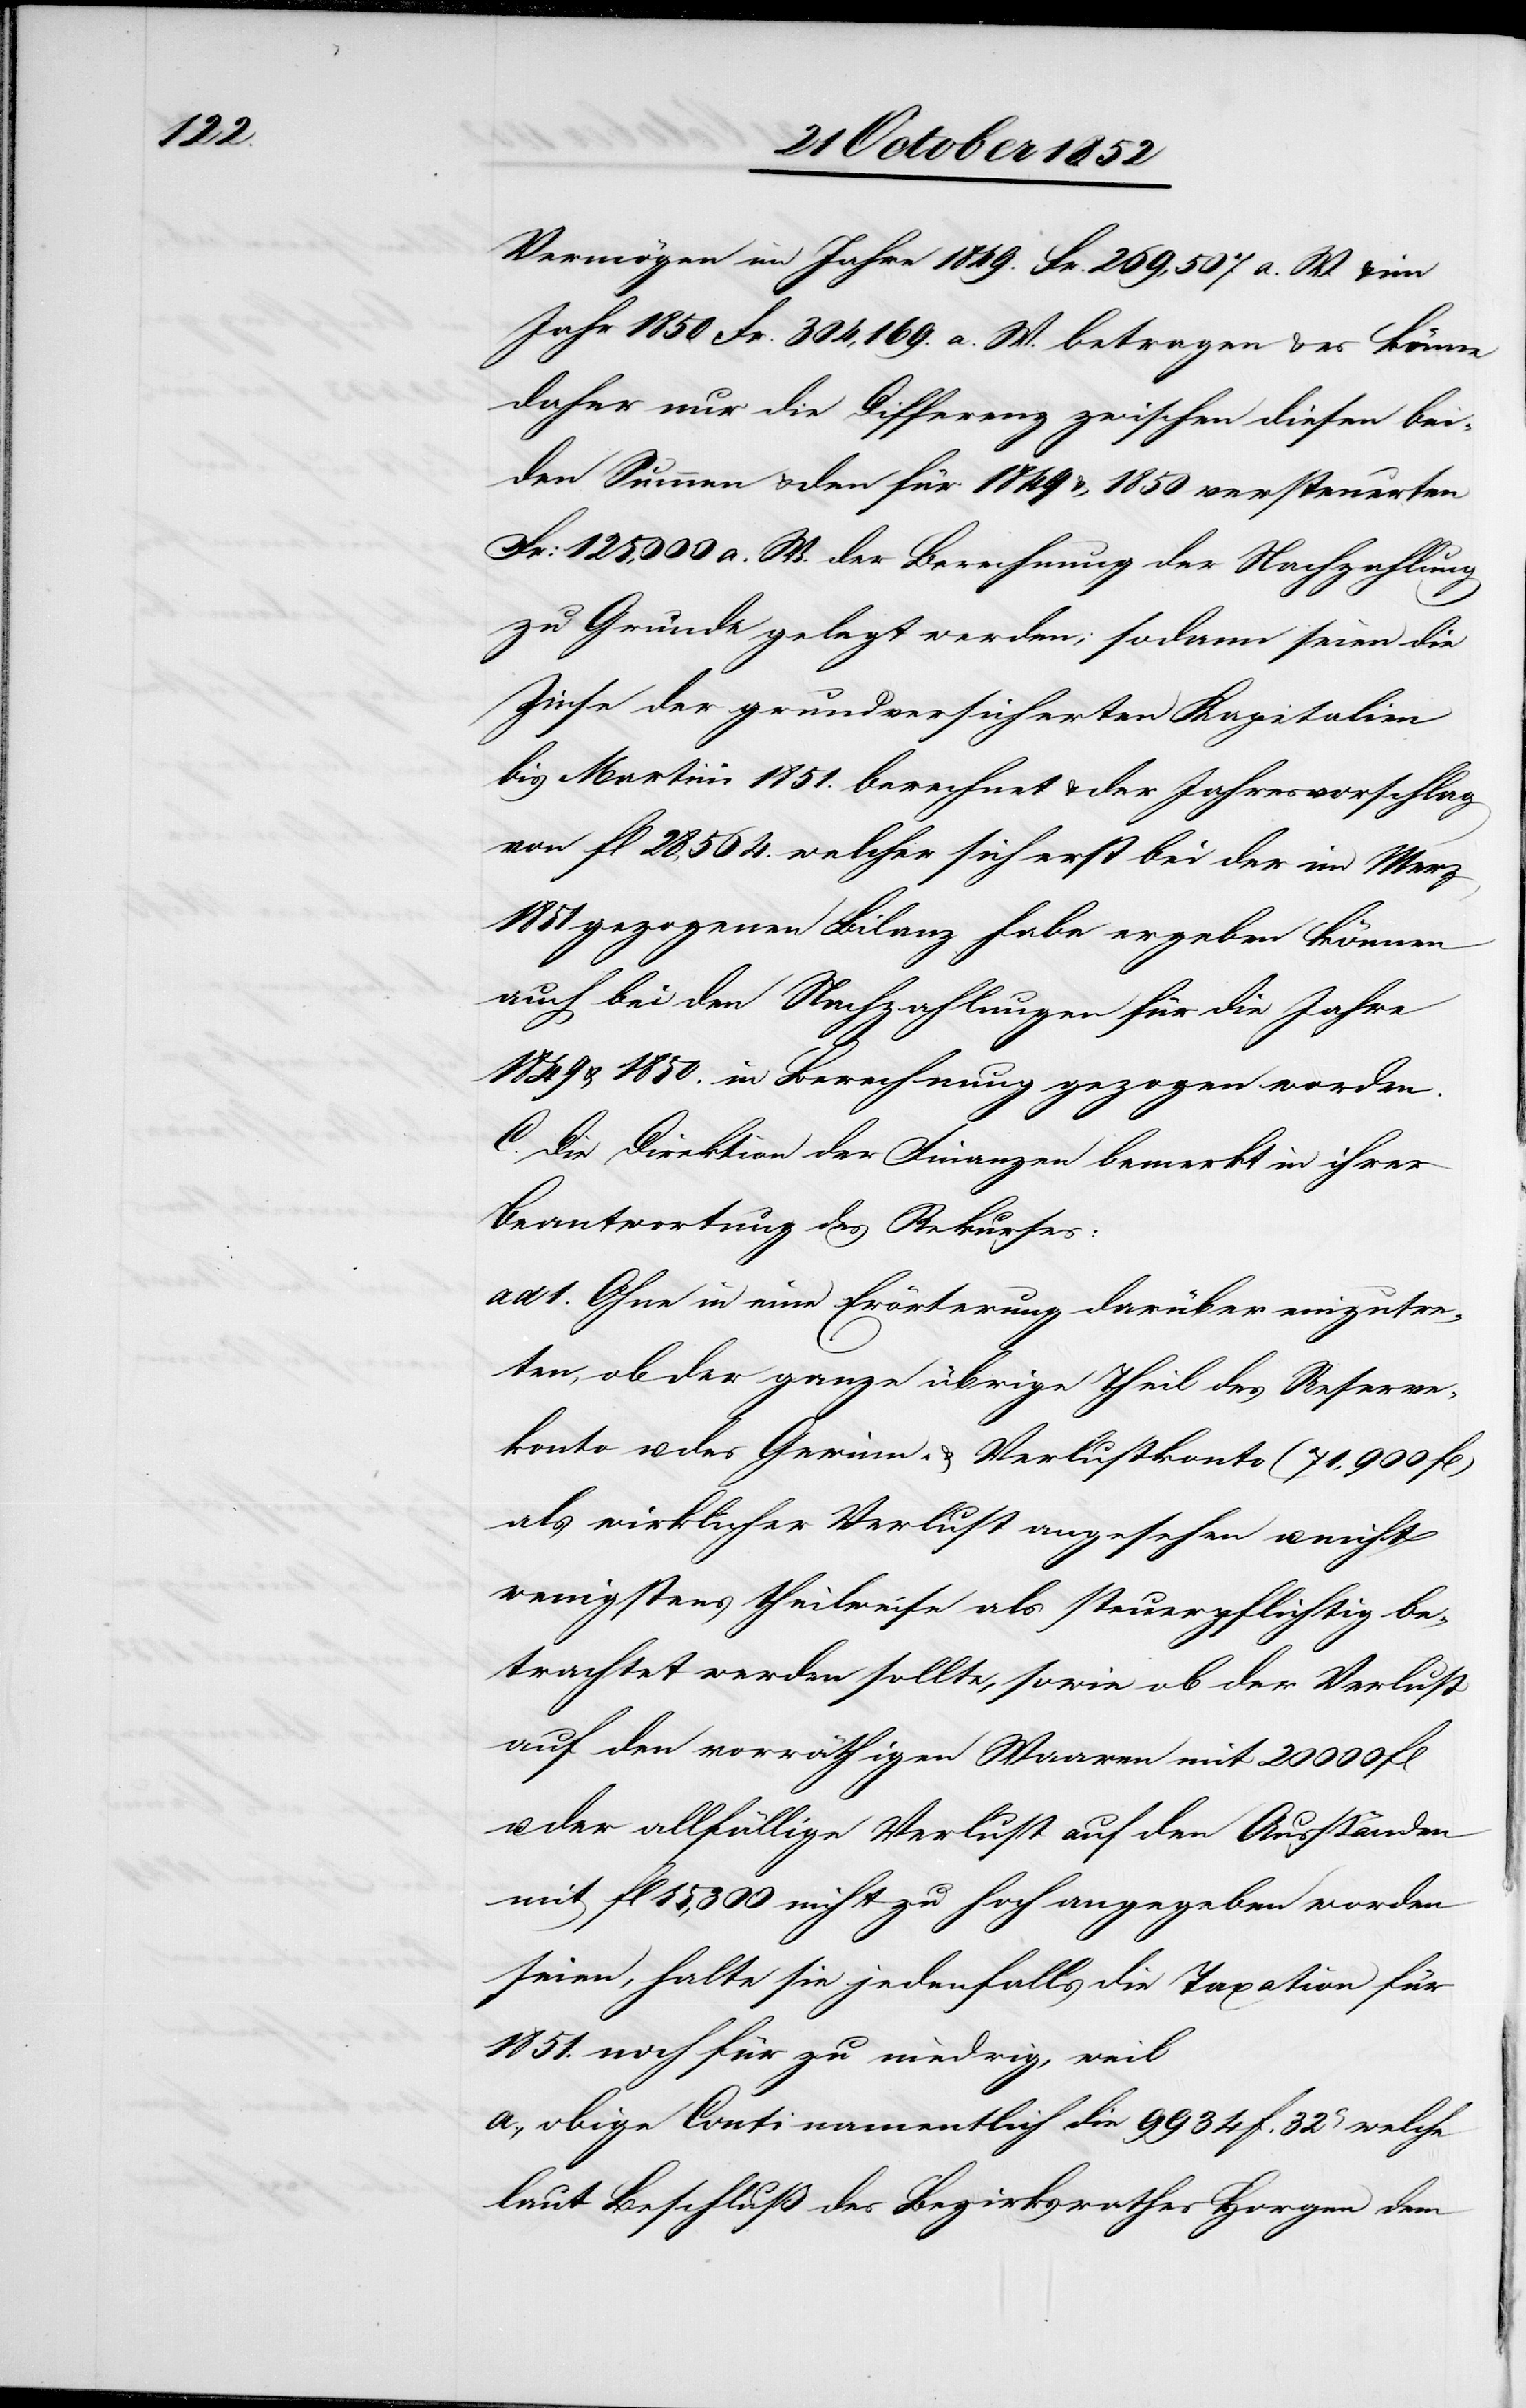
Vermögen im Jahre 1849. Fr. 269,507 a. W. & im
Jahr 1850 Fr. 304,169. a. W. betragen & es könne
daher nur die Differenz zwischen diesen bei¬
den Summen & den für 1849 & 1850 versteuerten
Fr: 125,000 a. W. der Berechnung der Nachzahlung
zu Grunde gelegt werden; sodann seien die
Zinse der grundversicherten Kapitalien
bis Martini 1851. berechnet & der Jahresvorschlag
von fl 28,564. welcher sich erst bei der im Merz
1851 gezogenen Bilanz habe ergeben können
auch bei den Nachzahlungen für die Jahre
& 1850. in Berechnung gezogen worden.
C. Die Direktion der Finanzen bemerkt in ihrer
Beantwortung des Rekurses:
ad 1. Ohne in eine Erörterung darüber einzutre¬
ten, ob der ganze übrige Theil des Reserve¬
konto u. des Gewinn- & Verlustkonto (71,900 fl)
als wirklicher Verlust angesehen u. nicht
wenigstens theilweise als steuerpflichtig be¬
trachtet werden sollte, sowie ob der Verlust
auf den vorräthigen Waaren mit 20 000 fl
der allfällige Verlust auf den Ausständen
mit fl 15,300 nicht zu hoch angegeben worden
seien, halte sie jedenfalls die Taxation für
1851. noch für zu niedrig, weil
obige Conti namentlich die 9934 F. 32C welche
laut Beschluß des Bezirksrathes Horgen dem